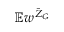
\mathbb { E } w ^ { \bar { Z } _ { G } }